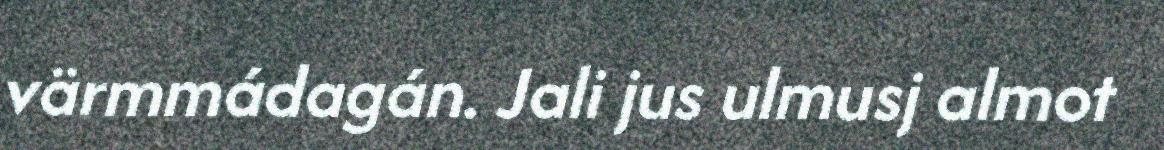
värmmádagán. Jali jus ulmusj almot